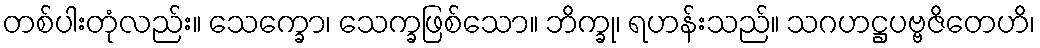
တစ်ပါးတုံလည်း။ သေက္ခော၊ သေက္ခဖြစ်သော။ ဘိက္ခု၊ ရဟန်းသည်။ သဂဟဋ္ဌပဗ္ဗဇိတေဟိ၊